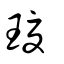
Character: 𤧶